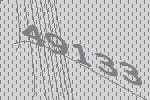
49133